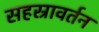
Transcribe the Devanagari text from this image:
सहस्रावर्तन